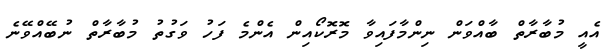
އެއީ މުބާރާތް ބާއްވަން ނިންމާފައިވާ މޮރޮކޯއިން އެންމެ ފަހު ވަގުތު މުބާރާތް ނުބޭއްވޭނެ